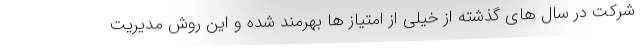
شرکت در سال های گذشته از خیلی از امتیاز ها بهرمند شده و این روش مدیریت